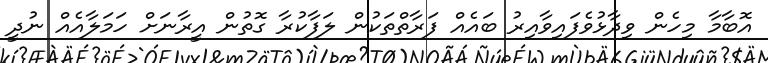
އޮބާމާ މިހެން ވިދާޅުވެފައިވާއިރު ބައެއް ފަރާތްތަކުން ލަފާކުރާ ގޮތުން އީރާނަށް ހަމަލާއެއް ނުދީ